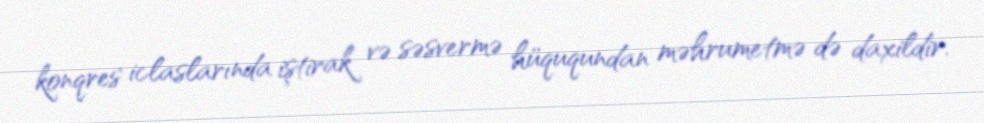
konqres iclaslarında iştirak və səsvermə hüququndan məhrumetmə də daxildir.